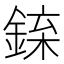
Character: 𨧲